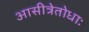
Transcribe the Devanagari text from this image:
आसीत्रेतोधाः